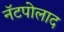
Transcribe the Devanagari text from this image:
नॅटपोलाद